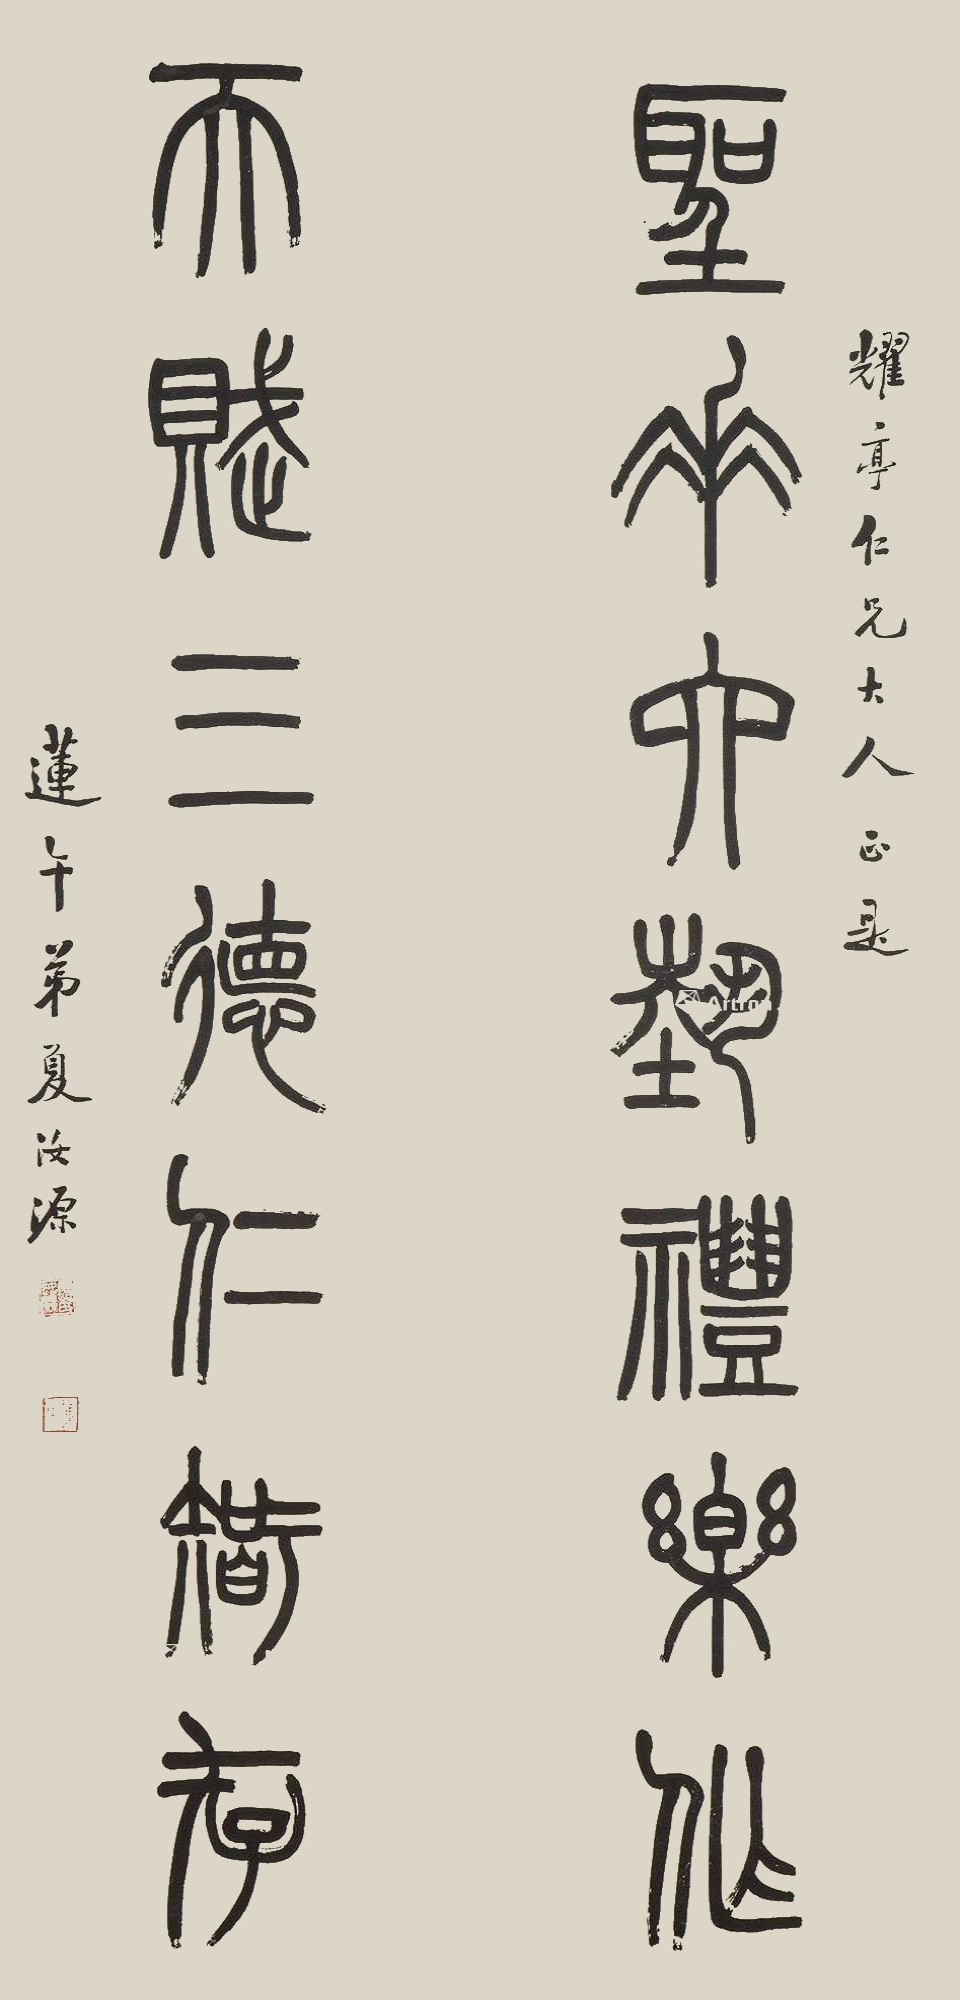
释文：圣垂六艺礼乐作，天赋三德仁智存。耀亭仁兄大人正是，莲午弟夏汝源。